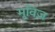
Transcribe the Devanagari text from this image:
मूविज़